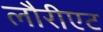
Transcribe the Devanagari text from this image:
लौरीएट